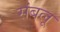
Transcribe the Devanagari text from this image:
संबलू